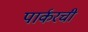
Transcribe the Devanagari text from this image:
पार्करची